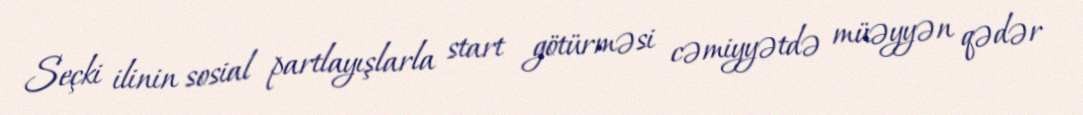
Seçki ilinin sosial partlayışlarla start götürməsi cəmiyyətdə müəyyən qədər